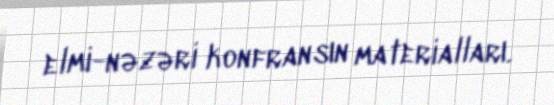
elmi-nəzəri konfransın materialları.